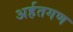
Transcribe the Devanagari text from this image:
अर्हतगण